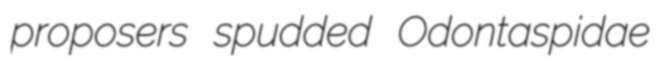
proposers spudded Odontaspidae